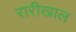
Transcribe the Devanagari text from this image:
रारीखाल